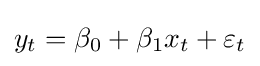
y_{t}=\beta _{0}+\beta _{1}x_{t}+\varepsilon _{t}